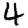
Digit: 4